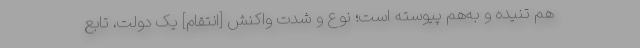
هم تنیده و به‌هم پیوسته است؛ نوع و شدّت واکنش [انتقام] یک دولت، تابعِ